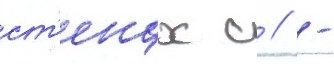
ст'енах с // -